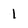
Character: 1